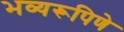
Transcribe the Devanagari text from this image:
भव्यरूपिणे